French assistants in Scottish schools and training centres, 1926
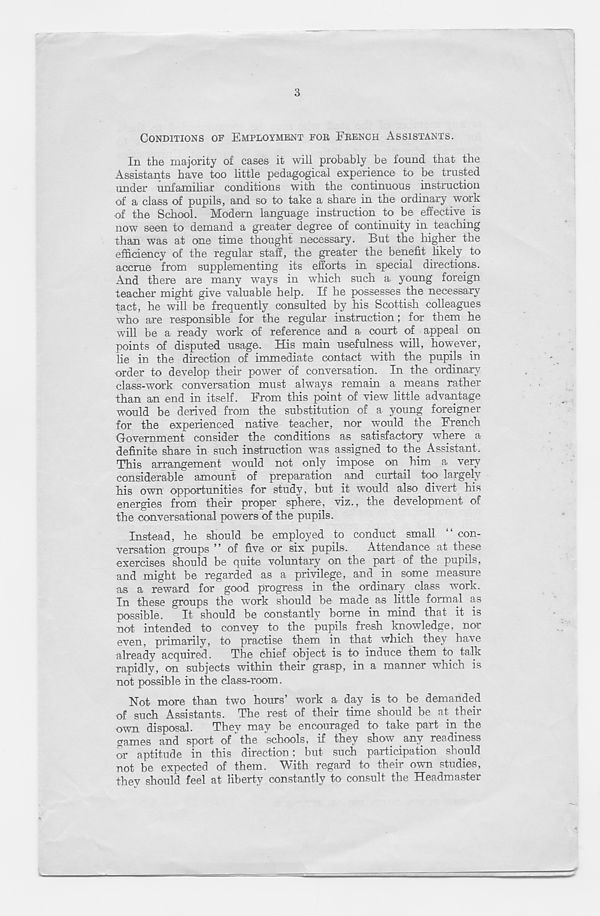
3
CONDITIONS OF EMPLOYMENT FOR FRENCH ASSISTANTS.
In the majority of cases it will probably be found that the
Assistants have too little pedagogical experience to be trusted
under unfamihar conditions with the continuous instruction
of a class of pupils, and so to take a share in the ordinary work
of the School. Modem language instruction to be effective is
now seen to demand a greater degree of continuity in teaching
than was at one time thought necessary. But the higher the
efficiency of the regular staff, the greater the benefit likely to
accrue from supplementing its efforts in special directions.
And there are many ways in which such a young foreign
teacher might give valuable help. If he possesses the necessary
tact, he will be frequently consulted by his Scottish colleagues
who are responsible for the regular instruction; for them he
will be a ready work of reference and a court of appeal on
points of disputed usage. His main usefulness will, however,
lie in the direction of immediate contact with the pupils in
order to develop their power of conversation. In the ordinary
class-work conversation must always remain a means rather
than an end in itself. From this point of view little advantage
would be derived from the substitution of a young foreigner
for the experienced native teacher, nor would the French
Government consider the conditions as satisfactory where a
definite share in such instruction was assigned to the Assistant.
This arrangement would not only impose on him a very
considerable amount of preparation and curtail too largely
his own opportunities for study, but it would also divert his
energies from their proper sphere, viz., the development of
the conversational powers of the pupils.
Instead, he should be employed to conduct small “ con-
versation groups ’ ’ of five or six pupils.
Attendance at these
exercises should be quite voluntary on the part of the pupils,
and might be regarded as a privilege, and in some measure
as a reward for good progress in the ordinary class work.
In these groups the work should be made as little formal as
possible. It should be constantly borne in mind that it is
not intended to convey to the pupils fresh knowledge, nor
even, primarily, to practise them in that which they have
already acquired.
The chief object is to induce them to talk
rapidlv, on subjects within their grasp, in a manner which is
not possible in the class-room.
Not more than two hours’ work a day is to be demanded
of such Assistants. The rest of their time should be at their
own disposal.
They may be encouraged to take part in the
crames and sport of the schools, if they show any readiness
or aptitude in this direction; but such participation should
not be expected of them. With regard to their own studies,
they should feel at liberty constantly to consult the Headmaster